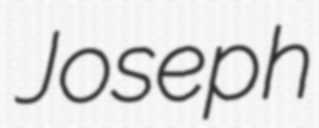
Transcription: Joseph